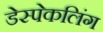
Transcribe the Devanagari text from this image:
डेस्पेकलिंग